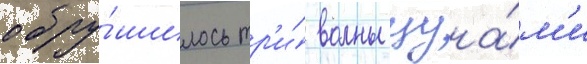
обру́шилось тр'и́ волны цуна́м'и